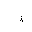
Letter: _thal